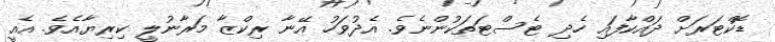
ޑޮކްޓަރަށް ދައްކާފައި ހެދި ޓެސްޓަތަކުންނެވެ. އެދުވަހު އޭނާ ރިކްޒާ މަރާނުލީ ކިރިޔާއެވެ. އެއީ